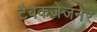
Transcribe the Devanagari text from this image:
टैबकजेजनेर